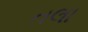
તલા